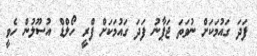
ފަދަ ގައުމަކަށް ނުވަތަ ޖަޕާނު ފަދަ ގައުމަކަށް ފްރީ ހޯލްޑް އުސޫލުން ހެވީ